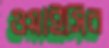
ওয়াইসির